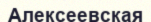
Алексеевская